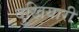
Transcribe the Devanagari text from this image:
दुखियारी